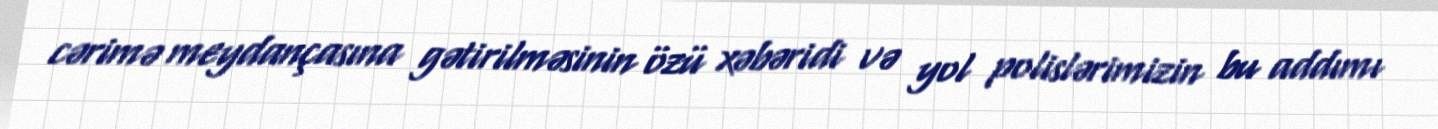
cərimə meydançasına gətirilməsinin özü xəbəridi və yol polislərimizin bu addımı